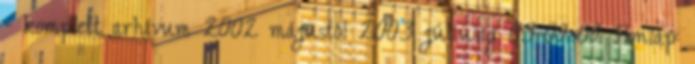
- komplett arhívum 2002 májustól 2003 júliusig 03-09-09 Honlap: